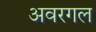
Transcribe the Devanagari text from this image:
अवरगल